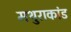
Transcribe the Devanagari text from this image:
मथुराकांड